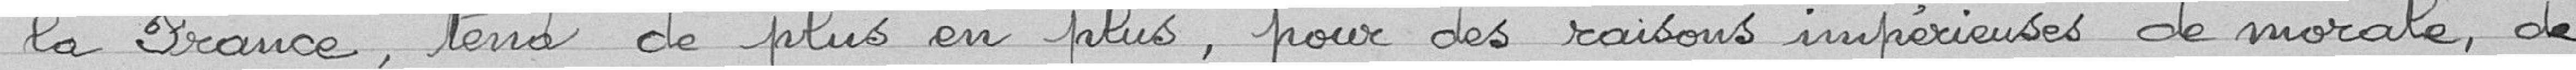
"la France, tend de plus en plus, pour des raisons impérieuses de morale, de